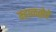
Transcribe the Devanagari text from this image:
म्हाळसेचे